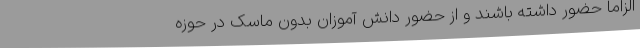
الزاماٌ حضور داشته باشند و از حضور دانش آموزان بدون ماسک در حوزه